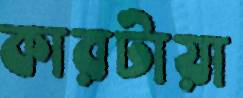
কারটায়া